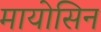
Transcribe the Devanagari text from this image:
मायोसिन